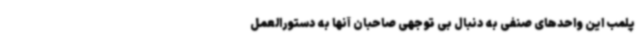
پلمب این واحدهای صنفی به دنبال بی توجهی صاحبان آنها به دستورالعمل